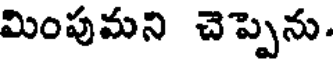
మింపుమని చెప్పెను.